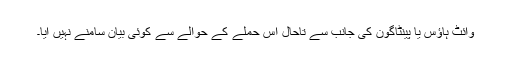
وائٹ ہاؤس یا پینٹاگون کی جانب سے تاحال اس حملے کے حوالے سے کوئی بیان سامنے نہیں آیا۔